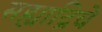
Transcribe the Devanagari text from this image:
सह्याद्रिचे